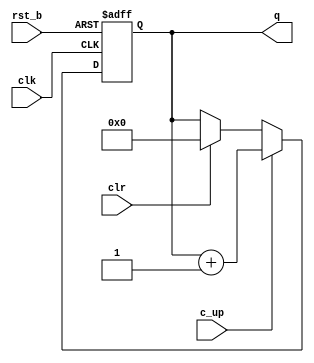
module cntr #(parameter w=8)(
	input clk, rst_b,c_up,clr,
	output reg [w-1:0] q
);
	always @ (posedge clk, negedge rst_b)
		if (!rst_b)			q <= 0;
		else if (c_up)			q <= q+1;
		else if (clr)			q <= 0;
endmodule